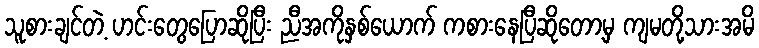
သူစားချင်တဲ့ ဟင်းတွေပြောဆိုပြီး ညီအကိုနှစ်ယောက် ကစားနေပြီဆိုတော့မှ ကျမတို့သားအမိ